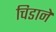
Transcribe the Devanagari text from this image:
चिडाने